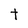
Character: t